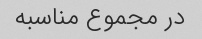
در مجموع مناسبه